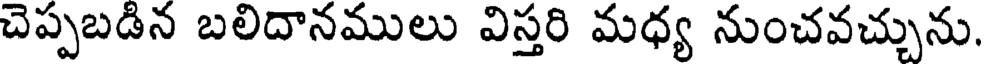
చెప్పబడిన బలిదానములు విస్తరి మధ్య నుంచవచ్చును.